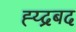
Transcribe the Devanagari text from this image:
ह्य्द्रबद